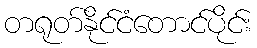
တရုတ်နိုင်ငံတောင်ပိုင်း